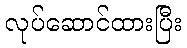
လုပ်ဆောင်ထားပြီး